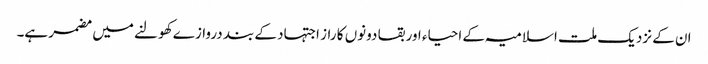
ان کے نزدیک ملت اسلامیہ کے احیاء اور بقا دونوں کا راز اجتہاد کے بند دروازے کھولنے میں مضمر ہے۔